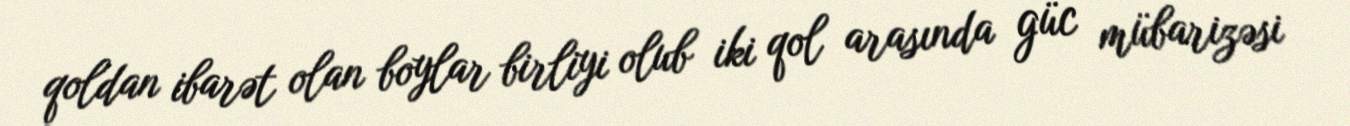
qoldan ibarət olan boylar birliyi olub iki qol arasında güc mübarizəsi